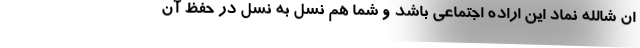
اِن شالله نماد این اراده اجتماعی باشد و شما هم نسل به نسل در حفظ آن